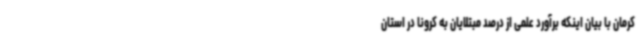
کرمان با بیان اینکه برآورد علمی از درصد مبتلایان به کرونا در استان